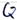
Text: Q